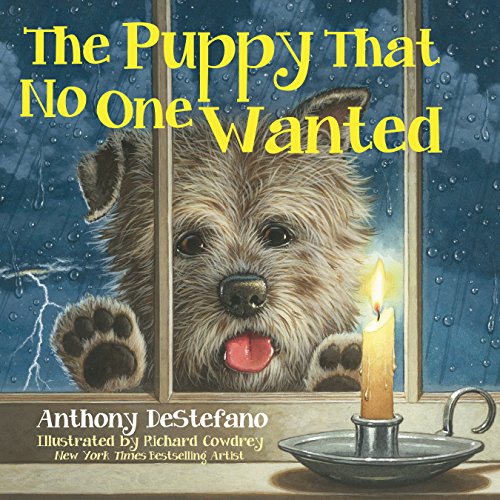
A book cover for The Puppy That No One Wanted; Anthony DeStefano; Christian Books & Bibles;